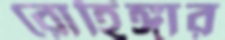
রোহিঙ্গার